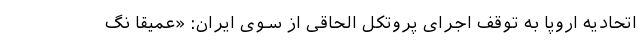
اتحادیه اروپا به توقف اجرای پروتکل الحاقی از سوی ایران: «عمیقا نگ